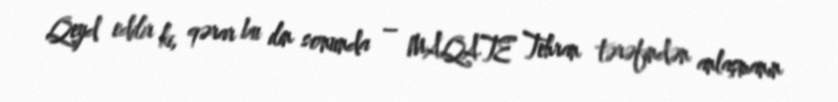
Qeyd edilir ki, qərar bu ilin sonunda – MAQATE Tehran tərəfindən anlaşmanın